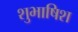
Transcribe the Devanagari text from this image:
शुभाषिश